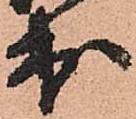
出